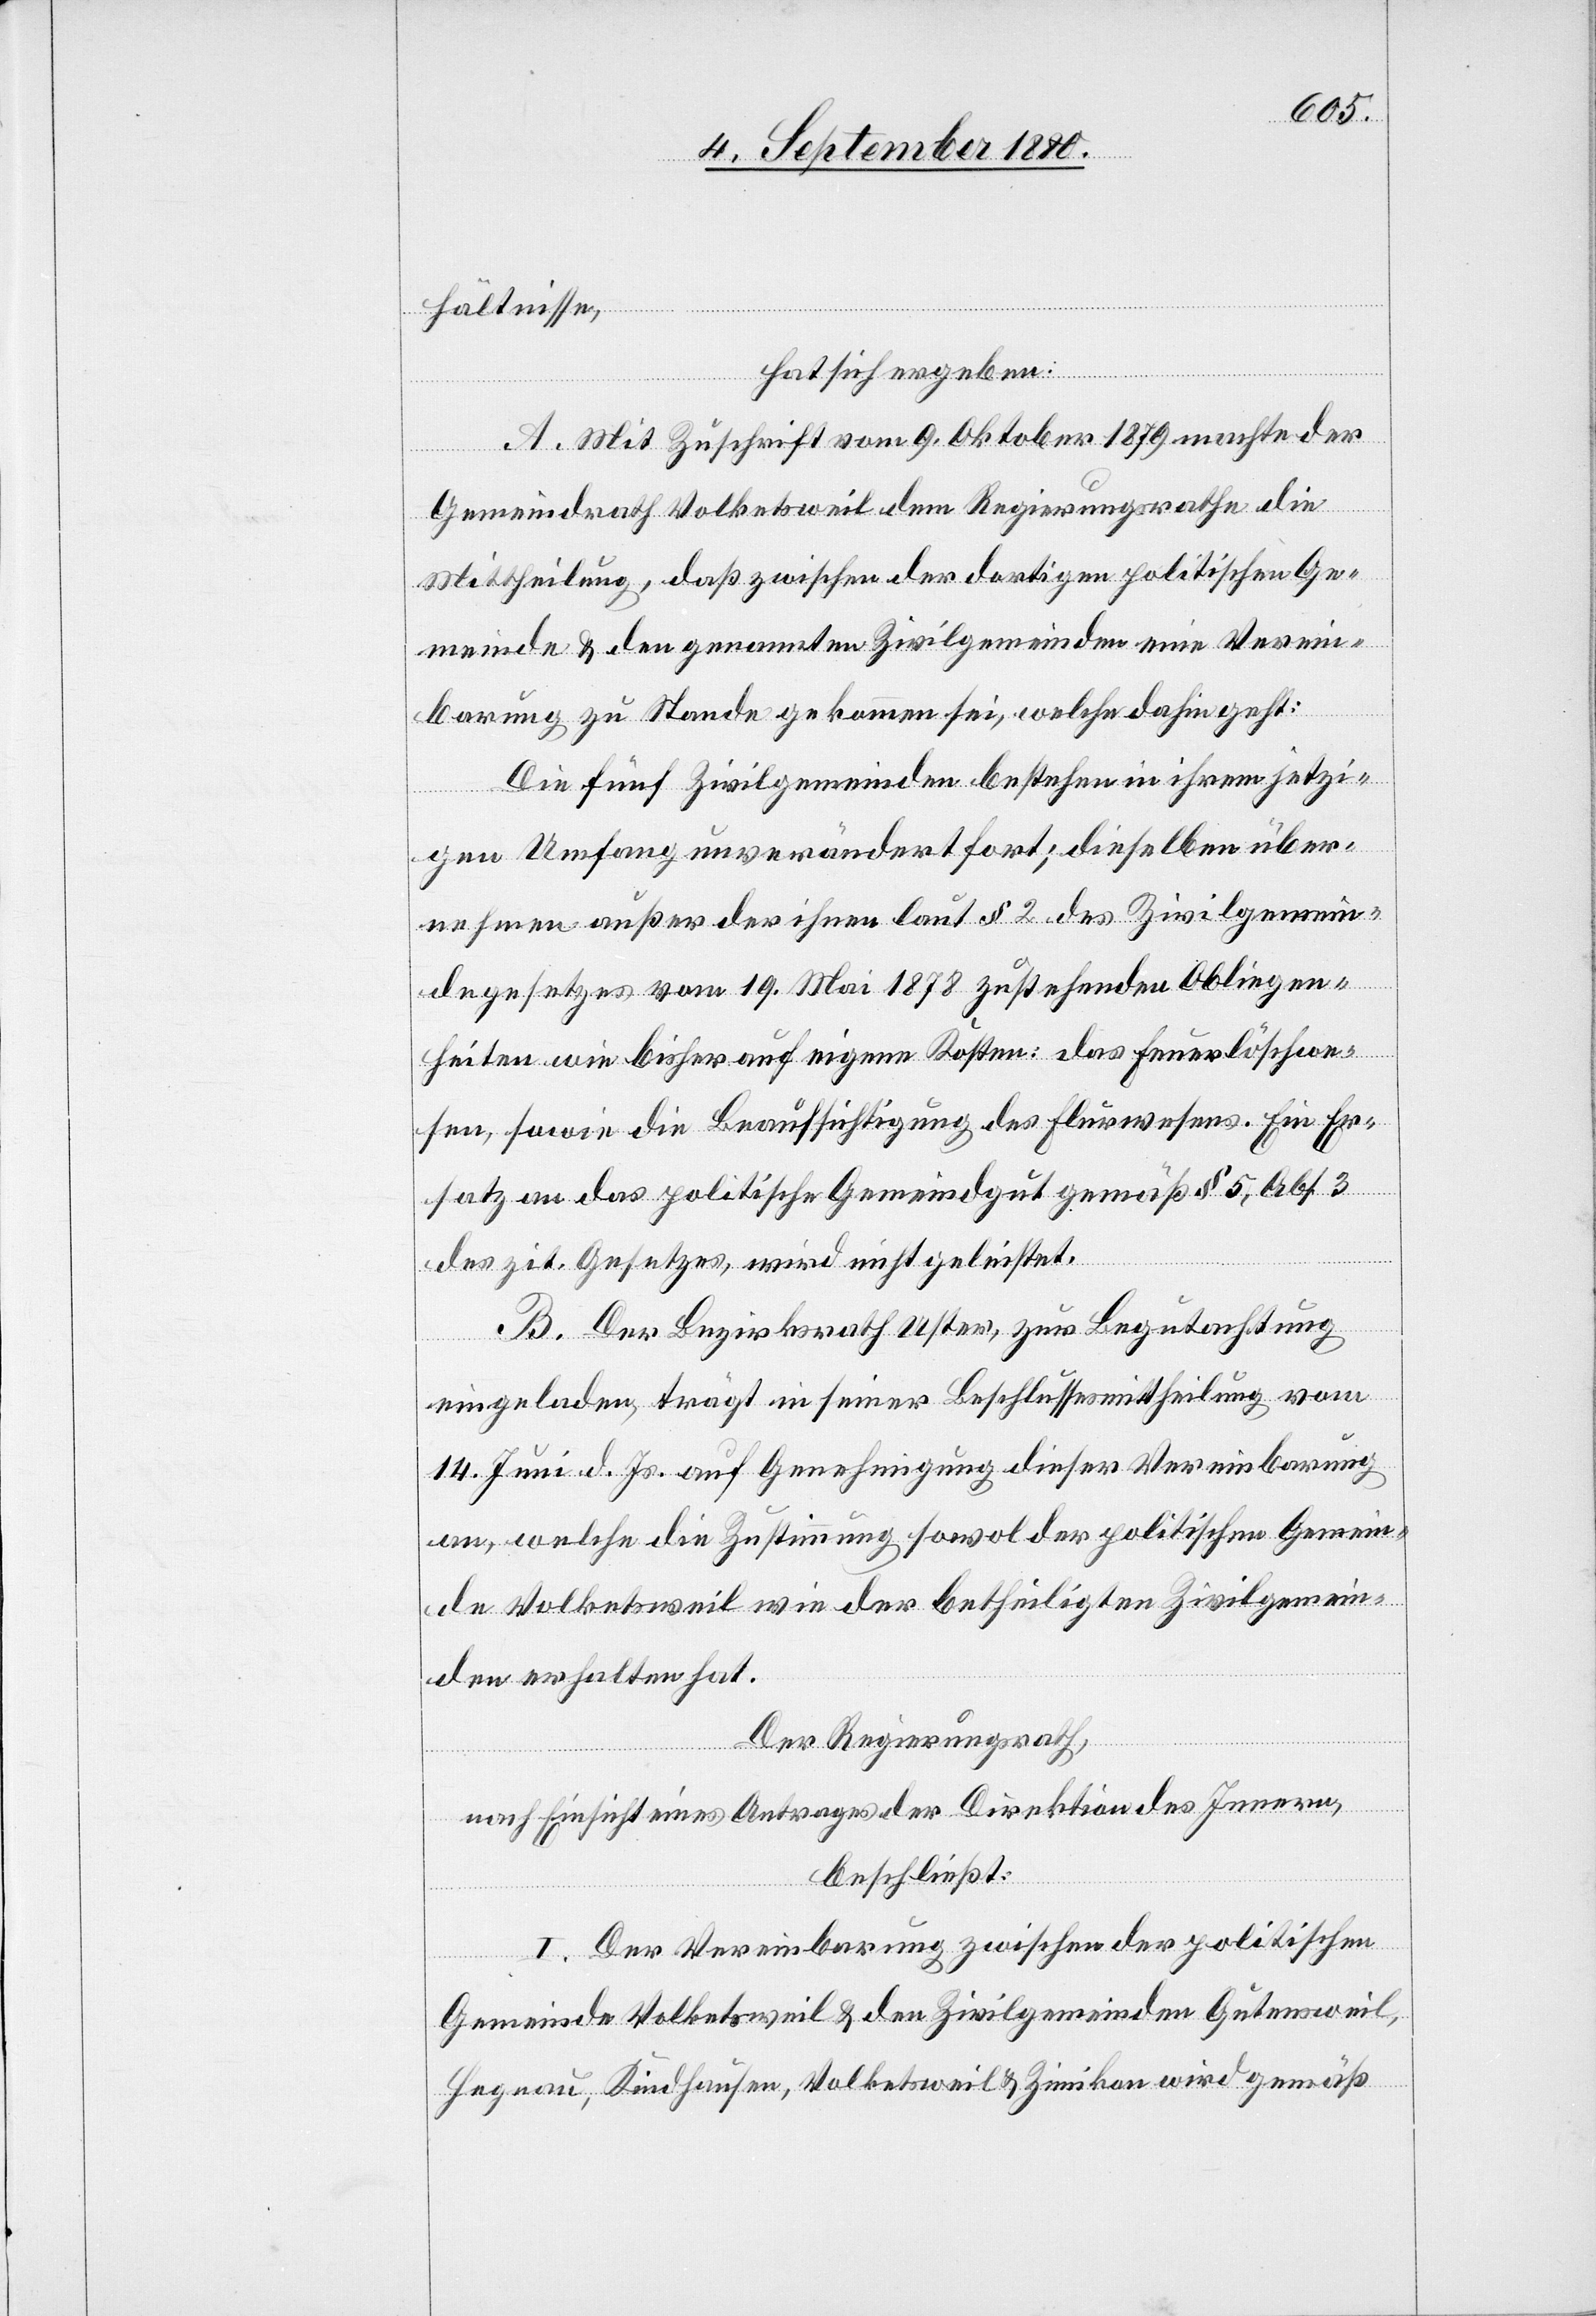
hältnisse,
hat sich ergeben:
A. Mit Zuschrift vom 9. Oktober 1879 machte der
Gemeindrath Volketsweil dem Regierungsrathe die
Mittheilung, daß zwischen der dortigen politischen Ge¬
meinde & den genannten Zivilgemeinden eine Verein¬
barung zu Stande gekommen sei, welche dahin geht:
Die fünf Zivilgemeinden bestehen in ihrem jetzi¬
gen Umfang unverändert fort; dieselben über¬
nehmen außer der ihnen laut § 2 des Zivilgemein¬
degesetzes vom 19. Mai 1878 zustehenden Obliegen¬
heiten wie bisher auf eigene Kosten: das Feuerlösche¬
n, sowie die Beaufsichtigung des Flurwesens. Ein Er¬
satz an das politische Gemeindegut gemäß § 5, Abs. 3
des zit. Gesetzes wird nicht geleistet.
B. Der Bezirksrath Uster, zur Begutachtung
eingeladen, trägt in seiner Beschlussesmittheilung vom
14. Juni d. Js. auf Genehmigung dieser Vereinbarung
an, welche die Zustimmung sowol der politischen Gemein¬
de Volketsweil wie der betheiligten Zivilgemein¬
de erhalten hat.
Der Regierungsrath,
nach Einsicht eines Antrages der Direktion des Innern,
beschließt:
I. Der Vereinbarung zwischen der politischen
Gemeinde Volketsweil & den Zivilgemeinden Gutensweil,
Hegnau, Kindhausen, Volketsweil & Zimikon wird gemäß